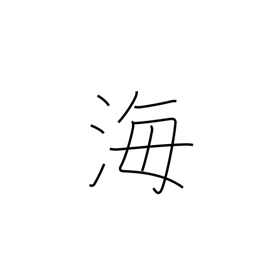
Meaning: ocean